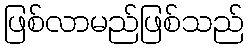
ဖြစ်လာမည်ဖြစ်သည်